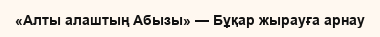
«Алты алаштың Абызы» — Бұқар жырауға арнау